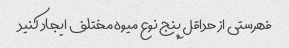
فهرستی از حداقل پنج نوع میوه مختلف ایجاد کنید